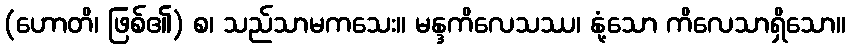
(ဟောတိ၊ ဖြစ်၏) စ၊ သည်သာမကသေး။ မန္ဒကိလေသဿ၊ နုံ့သော ကိလေသာရှိသော။